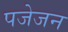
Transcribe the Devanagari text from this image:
पजेजन